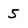
Character: 5